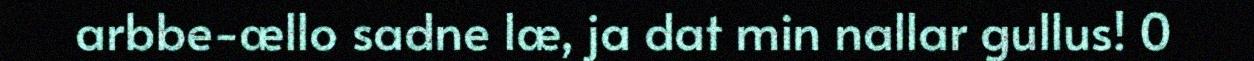
arbbe-ællo sadne læ, ja dat min nallar gullus! 0